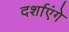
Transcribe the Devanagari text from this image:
दर्शाएंगे